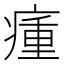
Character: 瘇